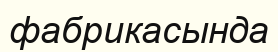
фабрикасында